Tezpur Lunatic Asylum reports 1877-1894 - 1877-1894
Year: 1877
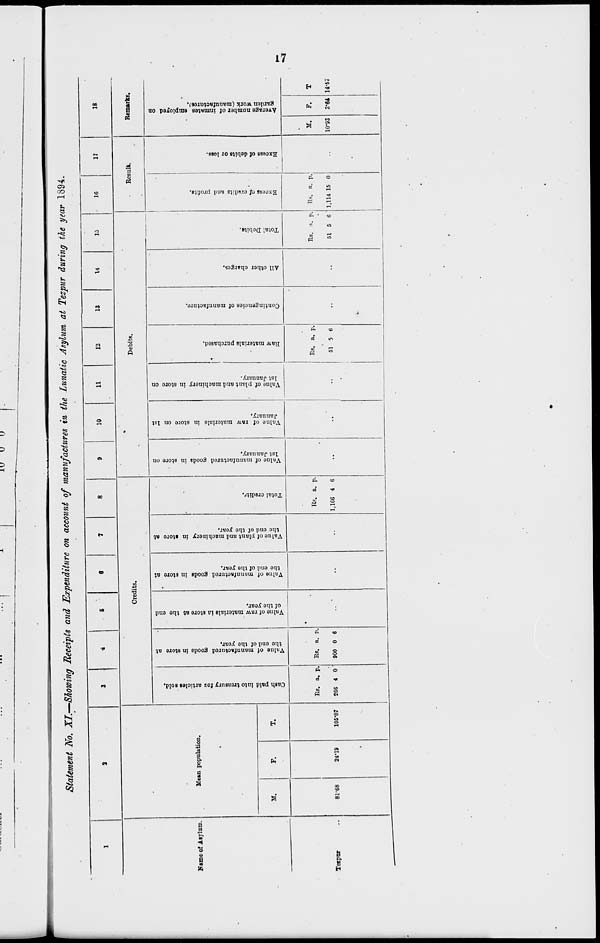
0
a
s
o
»
•d
5?
p
■a
1
Cash paid into treasury foi articles sold.
Value of manufactured goods in store at
the end of the year,
1 P
*.
M
Oi
»
o
•d
*1
Valuo of raw materials in store at the end
of the year.
Value of manufactured goodB in store at
the end of the year.
Value of plant and machinery in store at
the end of the year.
Total credit?.
n
Value of manufactured goods in store on
1st January.
Valne of raw materials in store on 1st
January.
Value of plant and machinery in store on
1st January.
2
w
UI
?
o>
T3
Raw materials purchased.
Contingencies of manufacture.
All other charges.
Total Debits.
Excess vl credits and profits.
EXCUSB of debits or loss.
Average number of inmates employed on
garden work (manufactures).
a
B
1
fa
I
I'
I
-8-
s
a,
i
Si4
ss
a
§
8
a
s
a
I
a,
a
iT